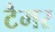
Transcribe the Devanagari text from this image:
टैमर